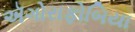
ઍગોરાફોબિયા